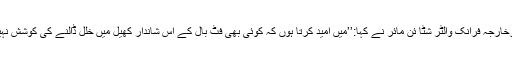
جرمن وزیرخارجہ فرانک والٹر شٹا ئن مائر نے کہا:’’میں امید کرتا ہوں کہ کوئی بھی فٹ بال کے اس شاندار کھیل میں خلل ڈالنے کی کوشش نہیں کرے گا۔